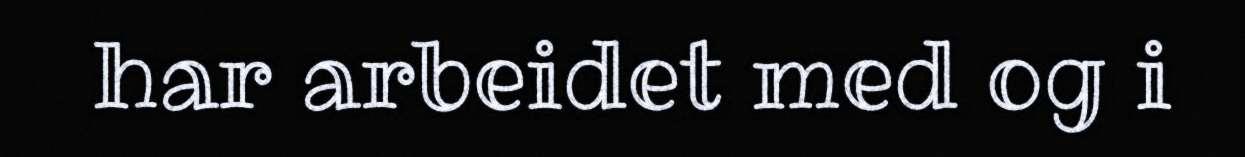
har arbeidet med og i